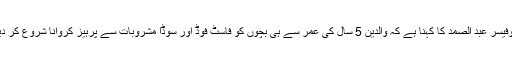
پروفیسر عبد الصمد کا کہنا ہے کہ والدین 5 سال کی عمر سے ہی بچوں کو فاسٹ فوڈ اور سوڈا مشروبات سے پرہیز کروانا شروع کر دیں۔